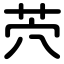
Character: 茓